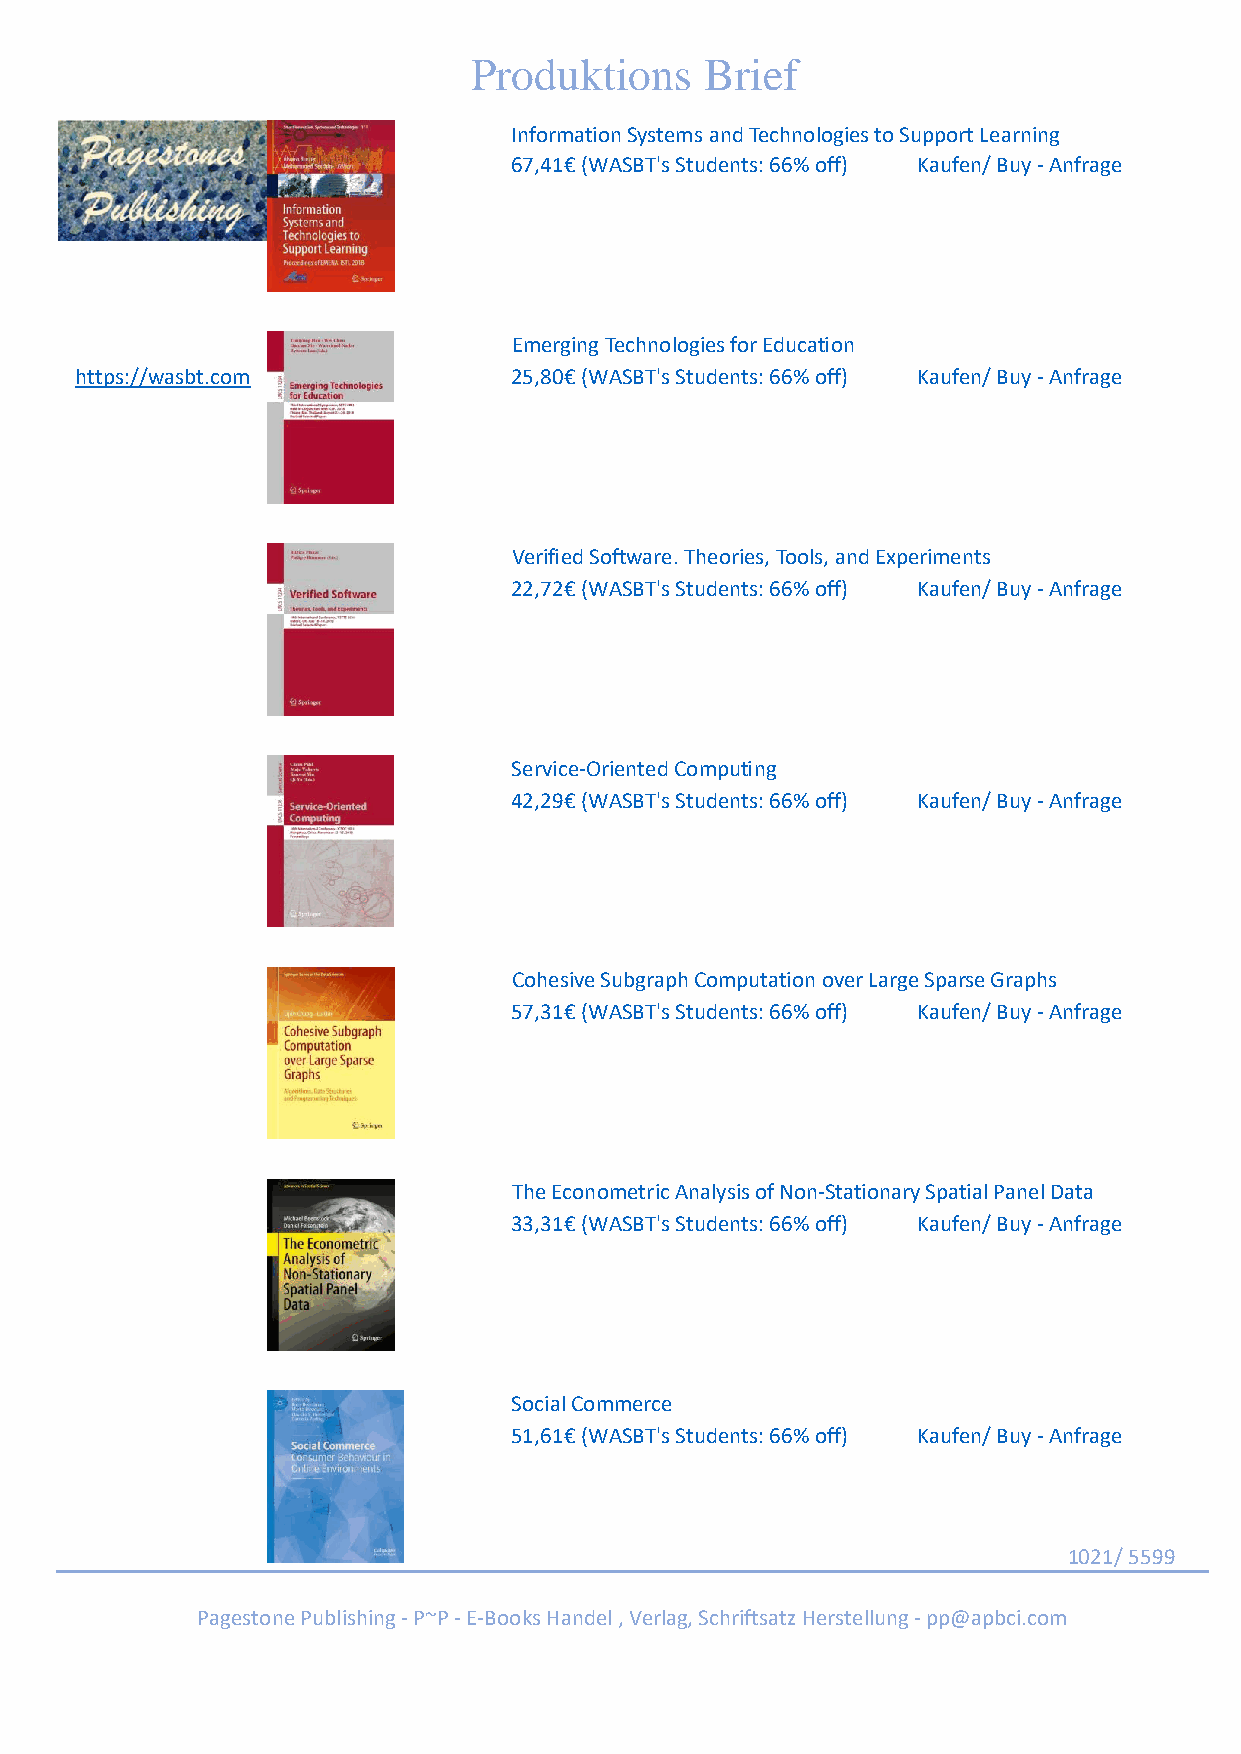
Produktions     Brief
 Information Systems and Technologies to Support Learning
 67,41€ (WASBT's Students: 66% off) Kaufen/ Buy - Anfrage
 Emerging Technologies for Education
 https://wasbt.com            25,80€ (WASBT's Students: 66% off) Kaufen/ Buy - Anfrage
 Verified Software. Theories, Tools, and Experiments
 22,72€ (WASBT's Students: 66% off) Kaufen/ Buy - Anfrage
 Service-Oriented Computing
 42,29€ (WASBT's Students: 66% off) Kaufen/ Buy - Anfrage
 Cohesive Subgraph Computation over Large Sparse Graphs
 57,31€ (WASBT's Students: 66% off) Kaufen/ Buy - Anfrage
 The Econometric Analysis of Non-Stationary Spatial Panel Data
 33,31€ (WASBT's Students: 66% off) Kaufen/ Buy - Anfrage
 Social Commerce
 51,61€ (WASBT's Students: 66% off) Kaufen/ Buy - Anfrage
 1021/ 5599
 Pagestone Publishing - P~P - E-Books Handel , Verlag, Schriftsatz Herstellung - pp@apbci.com